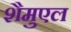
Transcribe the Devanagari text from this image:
शैमुएल